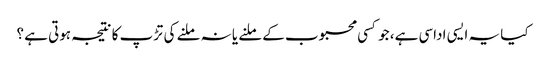
کیا یہ ایسی اداسی ہے، جو کسی محبوب کے ملنے یا نہ ملنے کی تڑپ کا نتیجہ ہوتی ہے ؟